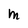
Character: M